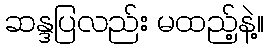
ဆန္ဒပြလည်း မထည့်နဲ့။